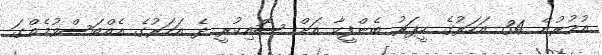
އުމުރުން 34 އަހަރުގެ ކީޕަރު ބެންފީކާ އަށް ސޮއިކުރީ ދެ އަހަރުގެ އެއްބަސްވުމެއްގަ